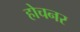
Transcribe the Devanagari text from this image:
होचनर